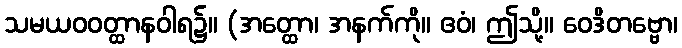
သမယဝဝတ္ထာနဝါရ၌။ (အတ္ထော၊ အနက်ကို။ ဧဝံ၊ ဤသို့။ ဝေဒိတဗ္ဗော၊